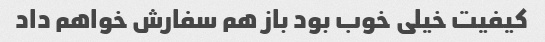
کیفیت خیلی خوب بود باز هم سفارش خواهم داد